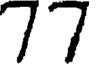
77